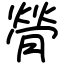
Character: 膋